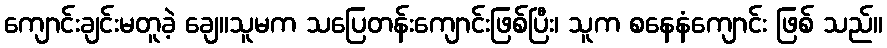
ကျောင်းချင်းမတူခဲ့ ချေ။သူမက သပြေတန်းကျောင်းဖြစ်ပြီး၊ သူက စနေနံကျောင်း ဖြစ် သည်။